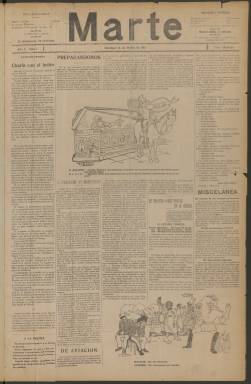
Título: Marte (Madrid. 1915)
Colección: Periódicos
Ámbito geográfico: Madrid
Lugar de publicación: Madrid
Fechas: 14/03/1915-04/11/1915